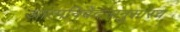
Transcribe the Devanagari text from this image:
आत्मनिवेदनानुसारच